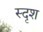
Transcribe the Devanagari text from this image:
स्दृश